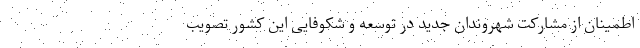
اطمینان از مشارکت شهروندان جدید در توسعه و شکوفایی این کشور تصویب